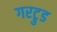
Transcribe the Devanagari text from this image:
गरट्रुड